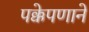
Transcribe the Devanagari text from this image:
पक्केपणाने